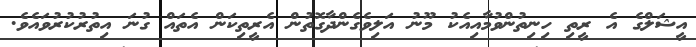
އީޝަލްގެ އެ ރީތި ހިނިތުންވުމާއިއެކު މޫނު އަލިވެގެންދާގޮތުން އެރީތިކަން އެތައް ގުނަ އިތުރުކުރުވައެވެ.